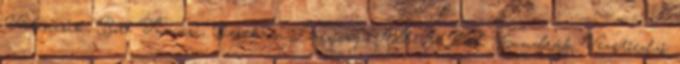
Valencsik, Bor- Tamási, Derekas, Lőrinczy- Albert, Pál, Kundrák Vezetőedző: